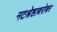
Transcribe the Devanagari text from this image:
नटश्रेष्ठाबरोबर